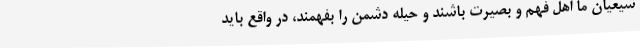
شیعیان ما اهل فهم و بصیرت باشند و حیله دشمن را بفهمند، در واقع باید